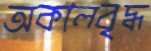
অকালবৃদ্ধ